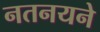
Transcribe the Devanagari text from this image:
नतनयने